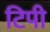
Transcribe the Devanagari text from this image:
टिपी